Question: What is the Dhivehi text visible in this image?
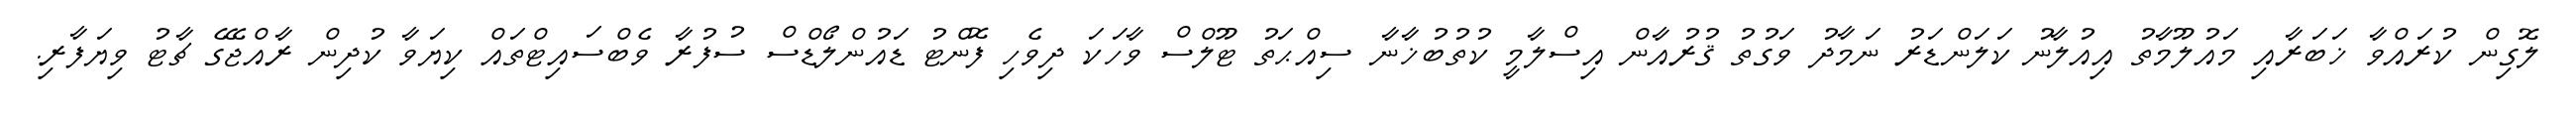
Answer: ލޮގިން ކުރައްވާ ޚަބަރާއި މައުލޫމާތު އިއުލާނު ކަލަންޑަރު ނަމާދު ވަގުތު ޤުރުއާން އިސްލާމީ ކުތުބުޚާނާ ސިއްޙަތު ޓޫލްސް ވާހަކަ ދިވެހި ފޮންޓު ޑައުންލޯޑްސް ސުފުރާ ވެބްސައިޓްތައް ކިޔަވާ ކުދިން ރާއްޖޭގެ ޗާޓު ވިޔަފާރި.